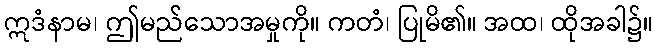
ဣဒံနာမ၊ ဤမည်သောအမှုကို။ ကတံ၊ ပြုမိ၏။ အထ၊ ထိုအခါ၌။